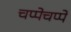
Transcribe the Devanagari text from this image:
चप्पेचप्पे